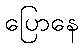
ပြောနေ